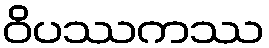
ဝိပဿကဿ